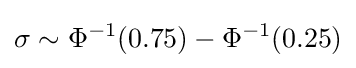
\sigma \sim \Phi ^{-1}(0.75)-\Phi ^{-1}(0.25)